Sketch of the medical history of the native army of Bombay, for the year
Year: 1876
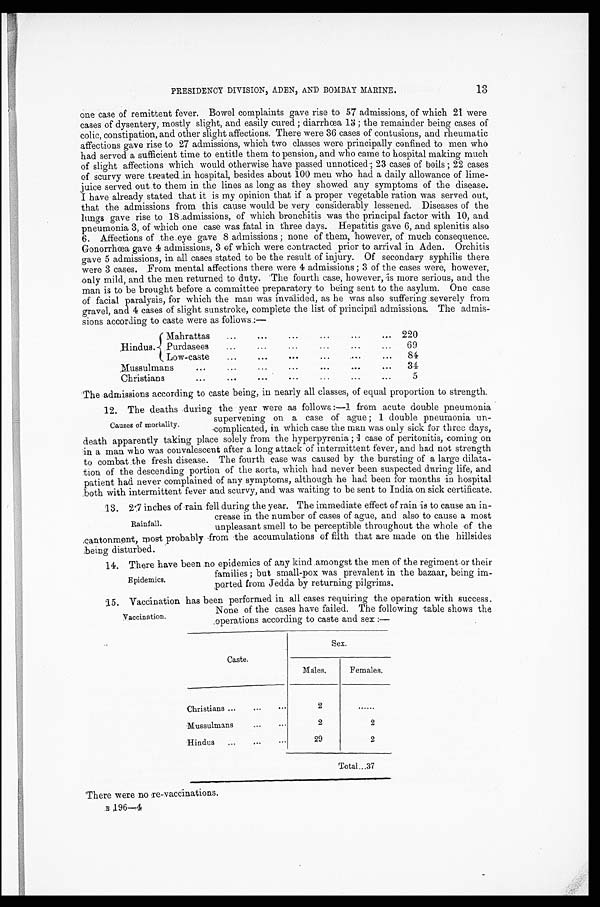
13
PRESIDENCY DIVISION, ADEN, AND BOMBAY MARINE.
one case of remittent fever. Bowel complaints gave rise to 57 admissions, of which 21 were
cases of dysentery, mostly slight, and easily cured ; diarrhœa 13 ; the remainder being cases of
colic, constipation, and other slight affections. There were 36 cases of contusions, and rheumatic
affections gave rise to 27 admissions, which two classes were principally confined to men who
had served a sufficient time to entitle them to pension, and who came to hospital making much
of slight affections which would otherwise have passed unnoticed ; 23 cases of boils ; 22 cases
of scurvy were treated in hospital, besides about 100 men who had a daily allowance of lime
- j uice served out to them in the lines as long as they showed any symptoms of the disease.
I have already stated that it is my opinion that if a proper vegetable ration was served out,
that the admissions from this cause would be very considerably lessened. Diseases of the
lungs gave rise to 18 admissions, of which bronchitis was the principal factor with 10, and
pneumonia 3, of which one case was fatal in three days. Hepatitis gave 6, and splenitis also
6. Affections of the eye gave 8 admissions ; none of them, however, of much consequence.
Gonorrhœa gave 4 admissions, 3 of which were contracted prior to arrival in Aden. Orchitis
gave 5 admissions, in all cases stated to be the result of injury. Of secondary syphilis there
were 3 cases. From mental affections there were 4 admissions ; 3 of the cases were, however,
only mild, and the men returned to duty. 'The fourth case, however, is more serious, and the
man is to be brought before a committee preparatory to being sent to the asylum. One case
of facial paralysis, for which the man was invalided, as he was also suffering severely from
gravel, and 4 cases of slight sunstroke, complete the list of principal admissions. The admis
-
sions according to caste were as follows.:—
Hindus.
Mahrattas . . .
220
Purdasees . . .
6 9
Low-caste . . .
84
Mussulmans . . .
34
Christians . . .
5
The admissions according to caste being, in nearly all classes, of equal proportion to strength.
12. The deaths during the year were as follows :—1 from acute double pneumonia
supervening on a case of ague ; 1 double pneumonia un-
complicated, in Which case the man was only sick for three days,
death apparently taking place solely from the hyperpyrenia ;1 case of peritonitis, coming on
in a man who was convalescent after a long attack of intermittent fever, and had not strength
to combat the fresh disease. The fourth ease was caused by the bursting of a large dilata
-
tion of the descending portion of the aorta, which had never been suspected during life, and
patient had never complained of any symptoms, although he had been for months in hospital
both with intermittent fever and scurvy, and was waiting to be sent to India on sick certificate.
13. 2.7 inches of rain fell during the year. The immediate effect of rain is to cause an in
-
crease in the number of cases of ague, and also to cause a most
unpleasant smell to be perceptible throughout the whole of the
cantonment, most probably from the accumulations of filth that are made on the hillsides
being disturbed.
families ; but small-pox was prevalent in the bazaar, being im-
ported from Jedda by returning pilgrims.
1 5 . V a c c i n a t i o n h a s b e e n p e r f o r m e d i n a l l c a s e s r e q u i r i n g t h e o p e r a t i o n w i t h s u c c e s s .
None of the cases have failed. The following table shows the
operations according to caste and sex :—
Caste.
Sex.
Males.
Females.
Christians . . .
2
. . .
Mussulmans . . .
2
2
Hindus . . .
29
2
Total . . . 37
There were no re-vaccinations.
B 196—4
Ca us e s of mor t a l i t y.
Rainfall.
Epidemics.
Vaccination.